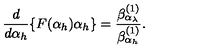
\frac { d } { d \alpha _ { h } } \{ F ( \alpha _ { h } ) \alpha _ { h } \} = \frac { \beta _ { \alpha _ { \lambda } } ^ { ( 1 ) } } { \beta _ { \alpha _ { h } } ^ { ( 1 ) } } .